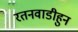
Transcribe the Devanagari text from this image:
रतनवाडीहुन